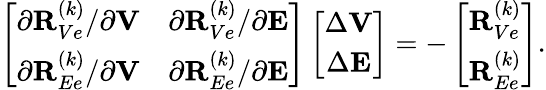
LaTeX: \begin{array}{r}{\left[\begin{array}{cc}{\partial{\mathbf R}_{Ve}^{(k)}/\partial{\mathbf V}}&{\partial{\mathbf R}_{Ve}^{(k)}/\partial{\mathbf E}}\\ {\partial{\mathbf R}_{Ee}^{(k)}/\partial{\mathbf V}}&{\partial{\mathbf R}_{Ee}^{(k)}/\partial{\mathbf E}}\end{array}\right]\left[\begin{array}{c}{\Delta{\mathbf V}}\\ {\Delta{\mathbf E}}\end{array}\right]=-\left[\begin{array}{c}{{\mathbf R}_{Ve}^{(k)}}\\ {{\mathbf R}_{Ee}^{(k)}}\end{array}\right].}\end{array}